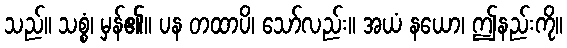
သည်။ သစ္စံ၊ မှန်၏။ ပန တထာပိ၊ သော်လည်း။ အယံ နယော၊ ဤနည်းကို။